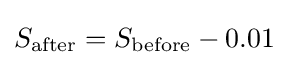
S_{\text{after}}=S_{\text{before}}-0.01